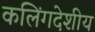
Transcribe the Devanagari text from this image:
कलिंगदेशीय